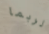
لربما